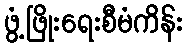
ဖွံ့ဖြိုးရေးစီမံကိန်း